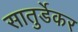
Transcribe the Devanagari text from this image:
सातुर्डेकर